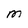
Character: M